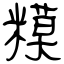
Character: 糢